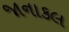
જાનાકલ